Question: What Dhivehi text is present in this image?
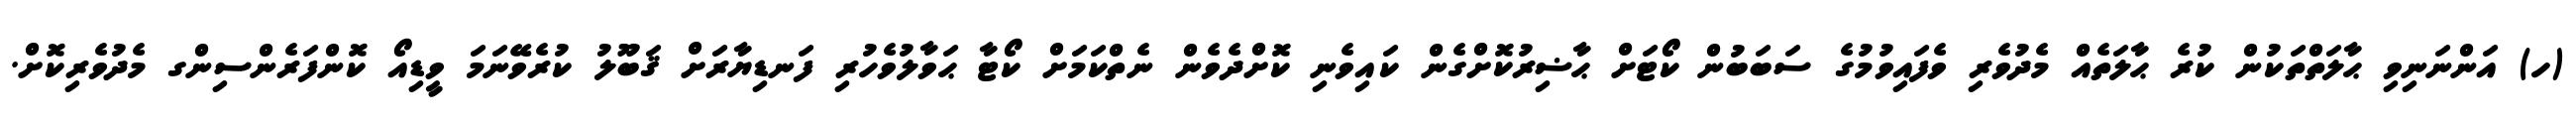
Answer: (ހ) އަންނަނިވި ޙާލަތްތަކުން ކުރެ ޙާލަތެއް މެދުވެރި ވެފައިވުމުގެ ސަބަބުން ކޯޓަށް ޙާޟިރުކޮށްގެން ކައިވެނި ކޮށްދެވެން ނެތްކަމަށް ކޯޓާ ޙަވާލުވެހުރި ފަނޑިޔާރަށް ޤަބޫލު ކުރެވޭނަމަ ވީޑިއޯ ކޮންފަރެންސިންގ މެދުވެރިކޮށް.